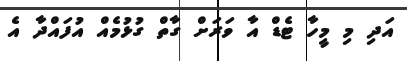
އަދި މި މީހާ ޓެޑް އާ ވަރަށް ގާތް ގުޅުމެއް އުފައްދާ އެ